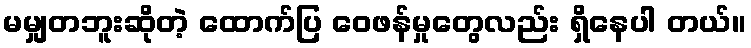
မမျှတဘူးဆိုတဲ့ ထောက်ပြ ဝေဖန်မှုတွေလည်း ရှိနေပါ တယ်။